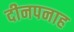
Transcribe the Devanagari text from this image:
दीनपनाह